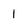
Character: 1